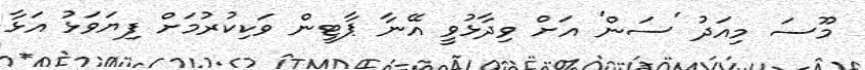
މޫސަ މިއަދު 'ސަން' އަށް ވިދާޅުވީ އޭނާ ޕާޓީން ވަކިކުރުމަށް ފިޔަވަޅު އަޅާ